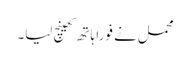
محمل نے فوراً ہاتھ کھینچ لیا۔